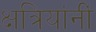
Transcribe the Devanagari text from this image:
क्षत्रियांनीं